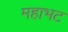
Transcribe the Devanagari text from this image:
महाभट